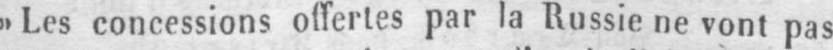
»Les concessions offertes par la Russie ne vont pas